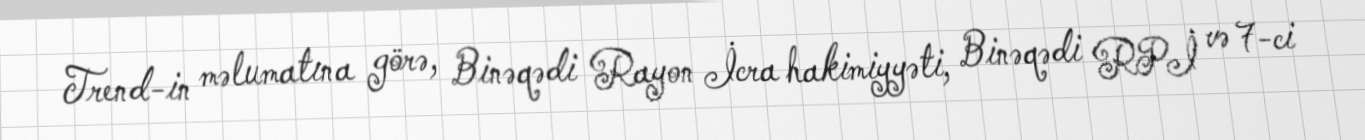
Trend-in məlumatına görə, Binəqədi Rayon İcra hakimiyyəti, Binəqədi RPİ və 7-ci